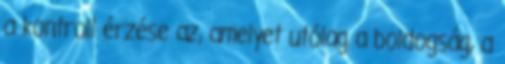
a kontroll érzése az, amelyet utólag a boldogság, a